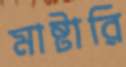
মাষ্টারি